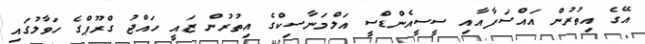
އޭގެ އިތުުރުން އައްސަފާއާއި ސީސީއެންޑްސީ އަލްމަނާސިކްގެ އިތުރުން ޒައީ ހައްޖު ގްރޫޕްގެ ހަވާލުގައި